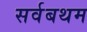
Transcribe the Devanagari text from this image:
सर्वबथम